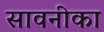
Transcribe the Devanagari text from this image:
सावनीका